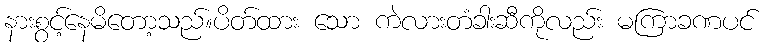
နားစွင့်နေမိတော့သည်။ပိတ်ထား သော ကဲလားတံခါးဆီကိုလည်း မကြာခဏပင်